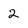
Character: 2